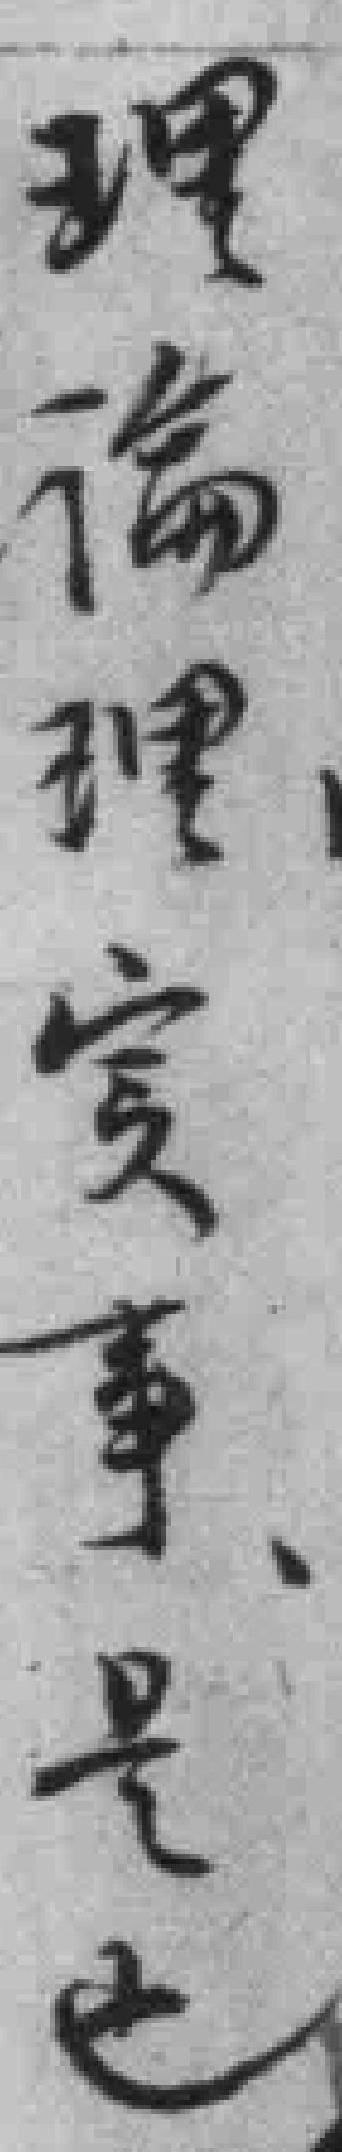
理論理實事是也